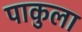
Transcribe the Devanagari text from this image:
पाकुला